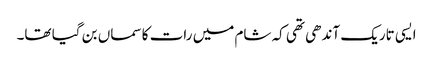
ایسی تاریک آندھی تھی کہ شام میں رات کا سماں بن گیا تھا۔